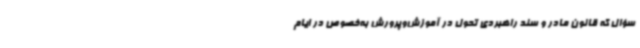
سؤال که قانون مادر و سند راهبردی تحول در آموزش‌وپرورش به‌خصوص در ایام